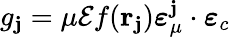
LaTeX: g_{\mathbf{j}}=\mu\mathcal{{E}}f(\mathbf{r}_{\mathbf{j}})\boldsymbol\varepsilon_{\mu}^{\mathbf{j}}\cdot\boldsymbol\varepsilon_{c}